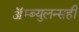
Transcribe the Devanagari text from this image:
ॲम्ब्युलन्सही